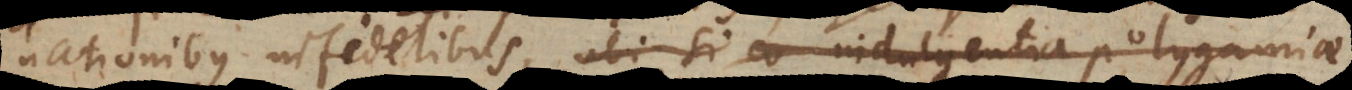
nationibus infidelibus, ubi si indulgentia polygamiae